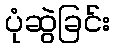
ပုံဆွဲခြင်း